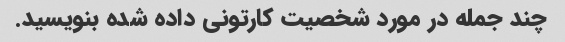
چند جمله در مورد شخصیت کارتونی داده شده بنویسید.